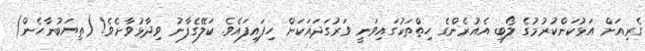
ގެރިއަށް އަޅުކަންކުރުމުގެ ލޯބި އެއުރެންގެ ހިތްތަކުގައިވަނީ ވަރުގަދައަކަށް ހިފައިފައެވެ. ކަލޭގެފާނު ވިދާޅުވާށެވެ! (ތިޔަބުނާހެން)